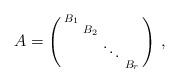
LaTeX: \begin{align*}A = \left(\begin{smallmatrix} B_1 &&&\\ &B_2&& \\ &&\ddots& \\ &&&B_r\end{smallmatrix}\right)\, ,\end{align*}